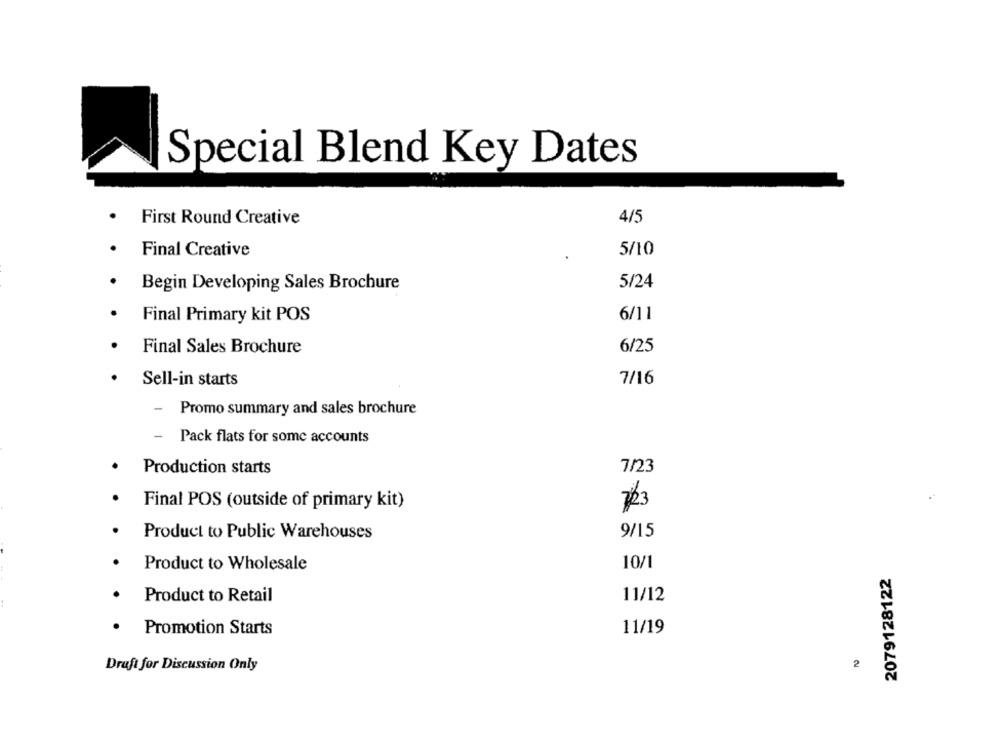
Special Blend Key Dates
First Round Creative
4/5
Final Creative
5/10
Begin Developing Sales Brochure
5/24
Final Primary kit POS
6/11
6/25
Final Sales Brochure
Sell-in starts
7/16
-
Promo summary and sales brochure
-
Pack flats for some accounts
Production starts
7/23
Final POS (outside of primary kit)
Product to Public Warehouses
9/15
10/1
Product to Wholesale
2079128122
Product to Retail
11/12
Promotion Starts
11/19
Draft for Discussion Only
2